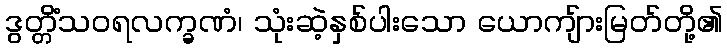
ဒွတ္တိံသဝရလက္ခဏံ၊ သုံးဆဲ့နှစ်ပါးသော ယောကျ်ားမြတ်တို့၏